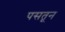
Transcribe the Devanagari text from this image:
पसतून